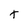
Character: t